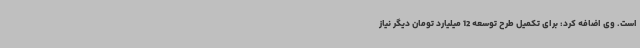
است. وی اضافه کرد: برای تکمیل طرح توسعه 12 میلیارد تومان دیگر نیاز